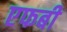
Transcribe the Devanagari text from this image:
एफबी